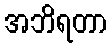
အဘိရတာ